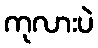
ကုလားပဲ